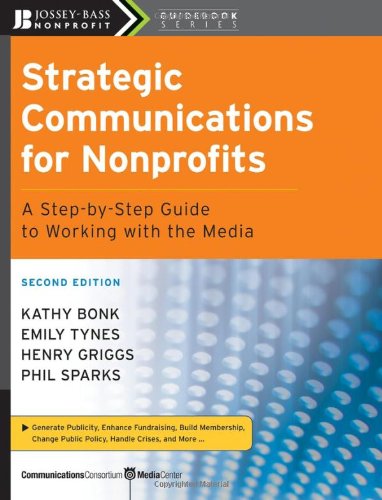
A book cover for Strategic Communications for Nonprofits: A Step-by-Step Guide to Working with the Media; Kathy Bonk; Business & Money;